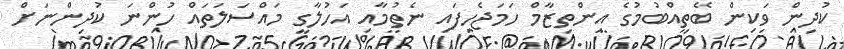
ކުދިން ވަކިން ބޭތިއްބުމުގެ އިންތިޒާމް ހަމަޖެހިފައި ނެތުމާއި އަހުލާގީ މައްސަލަތައް ހުންނަ ކުދިންނަށް